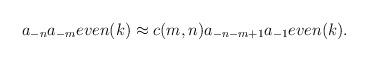
LaTeX: \begin{align*}a_{-n} a_{-m}even(k) \approx c(m,n) a_{-n-m+1} a_{-1}even(k).\end{align*}